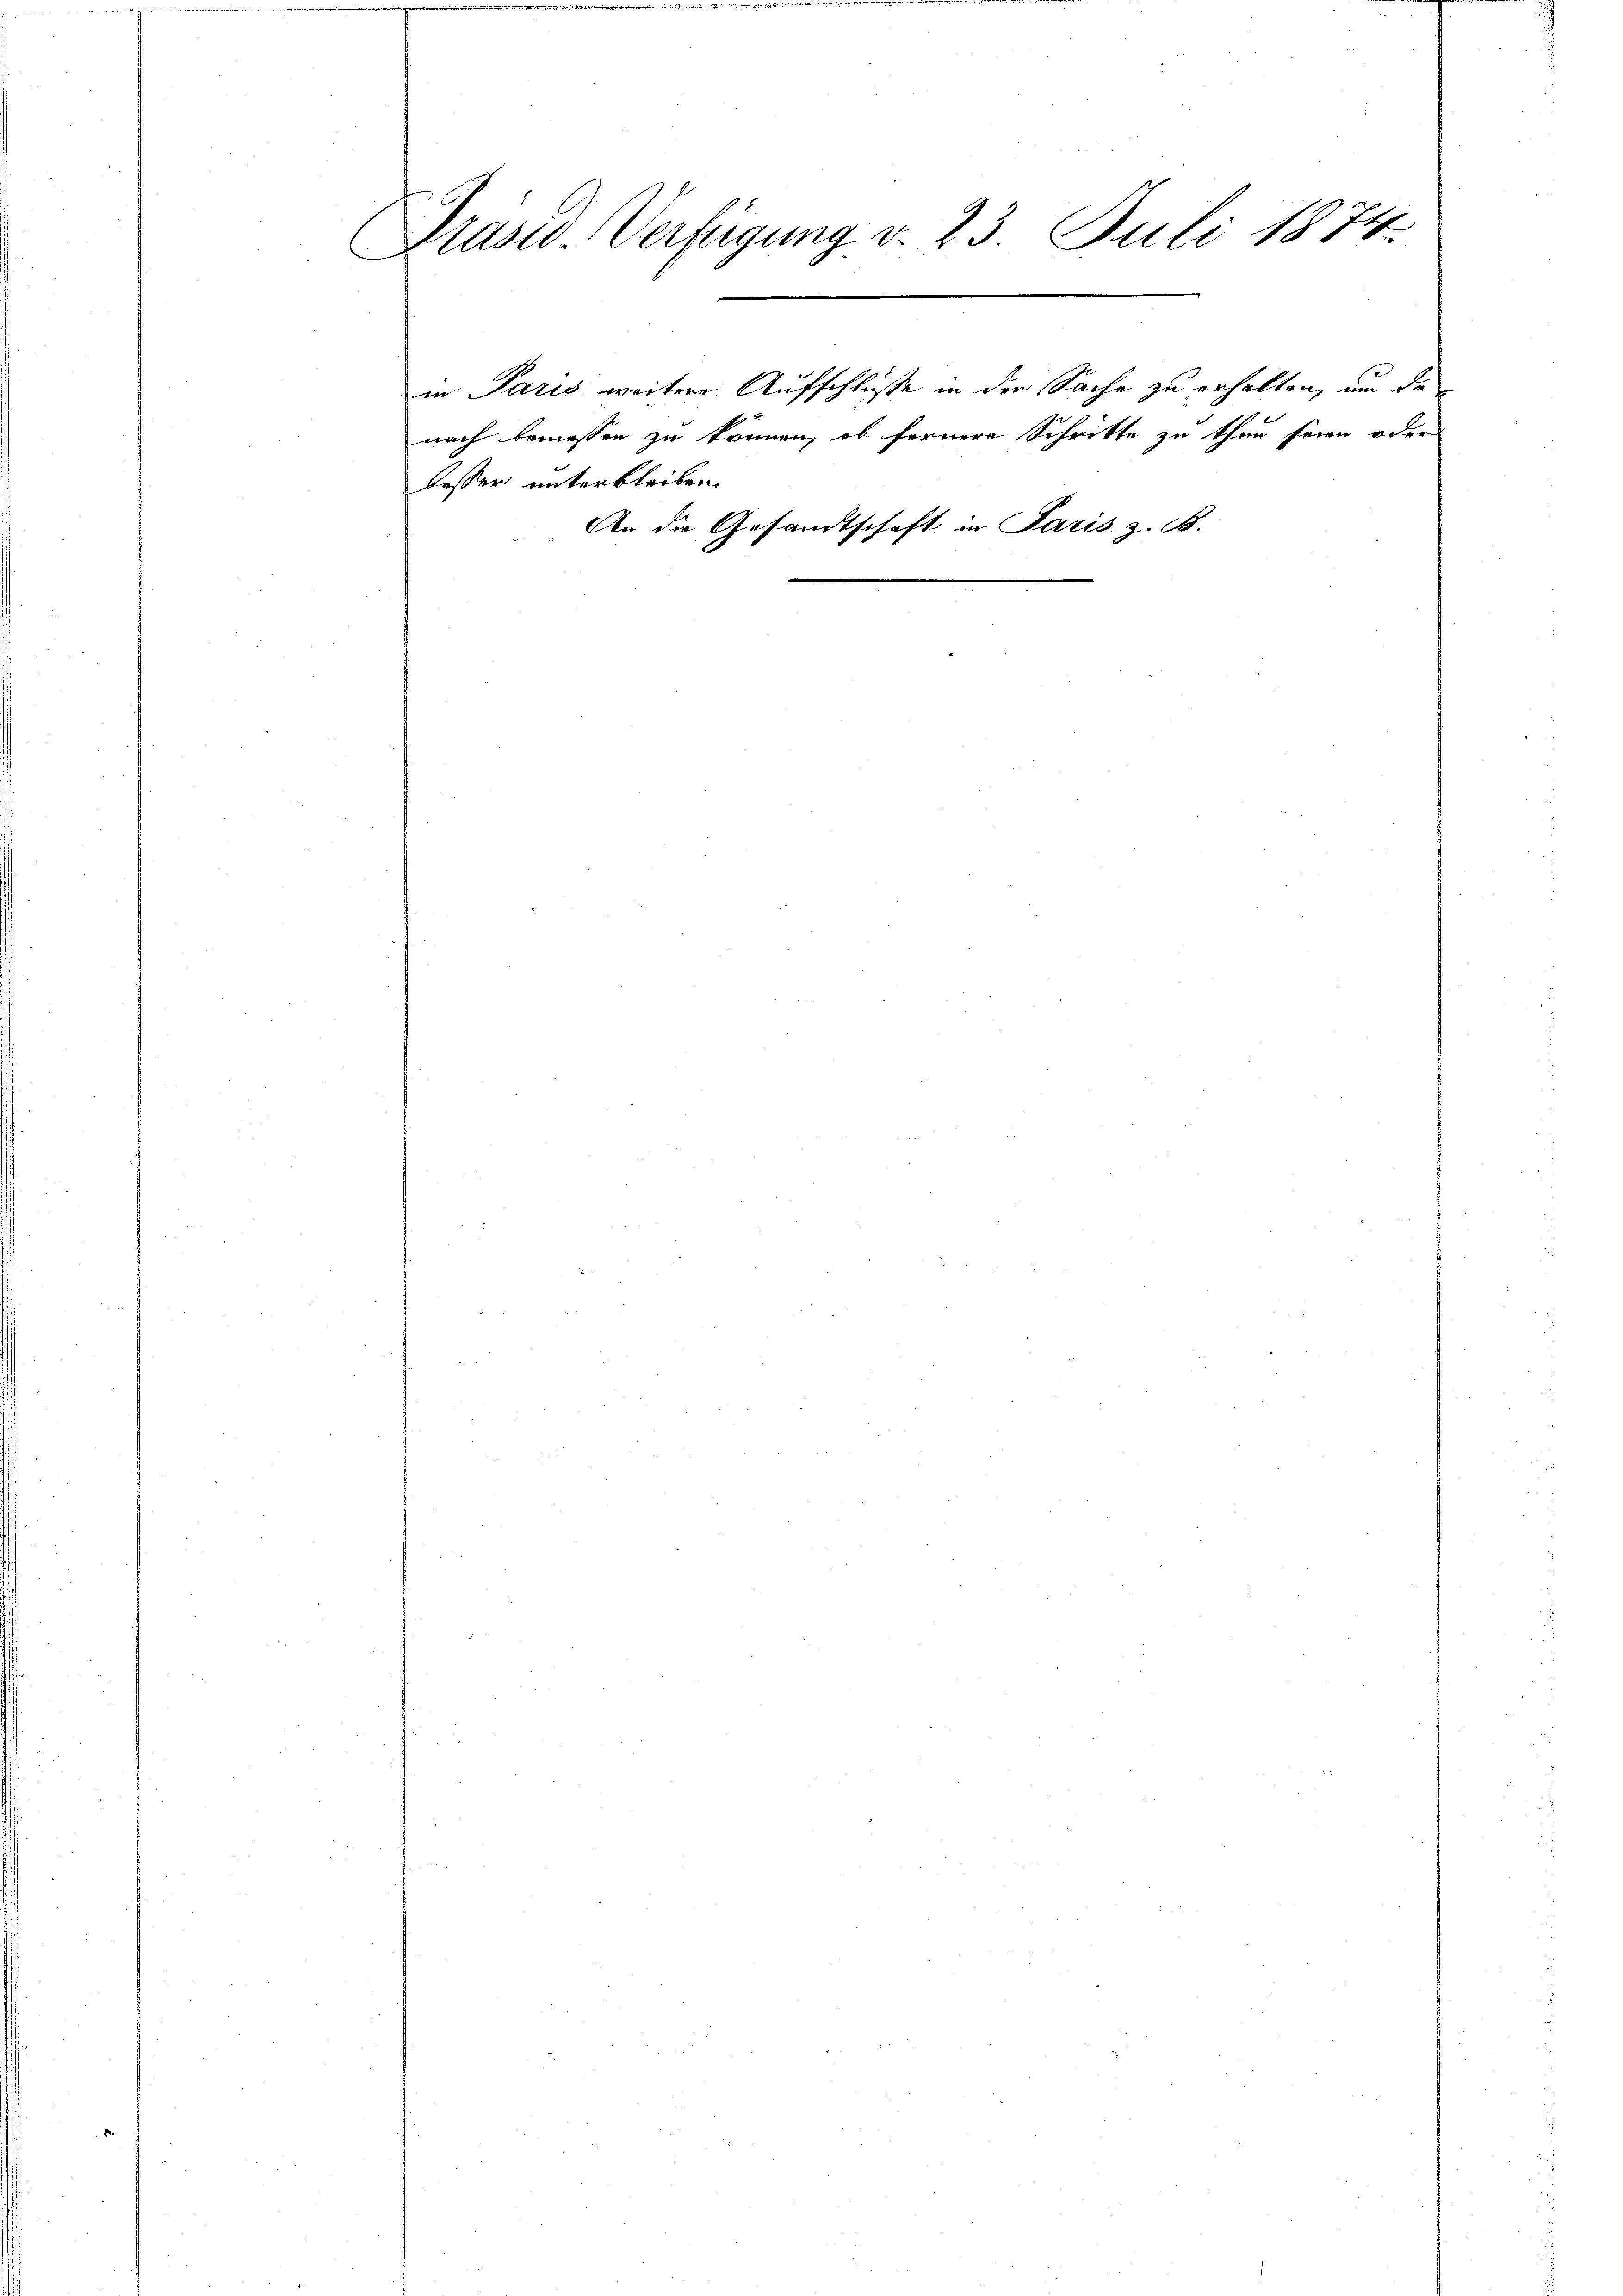
Präsid. Verfügung v. 23. Juli 1874.

besser unterbleiben.

in Paris weitere Aufschlüsse in der Sache zu erhalten, um da
nach bemessen zu können, ob fernere Schritte zu thun seien oder

An die Gesandtschaft in Paris z. B.